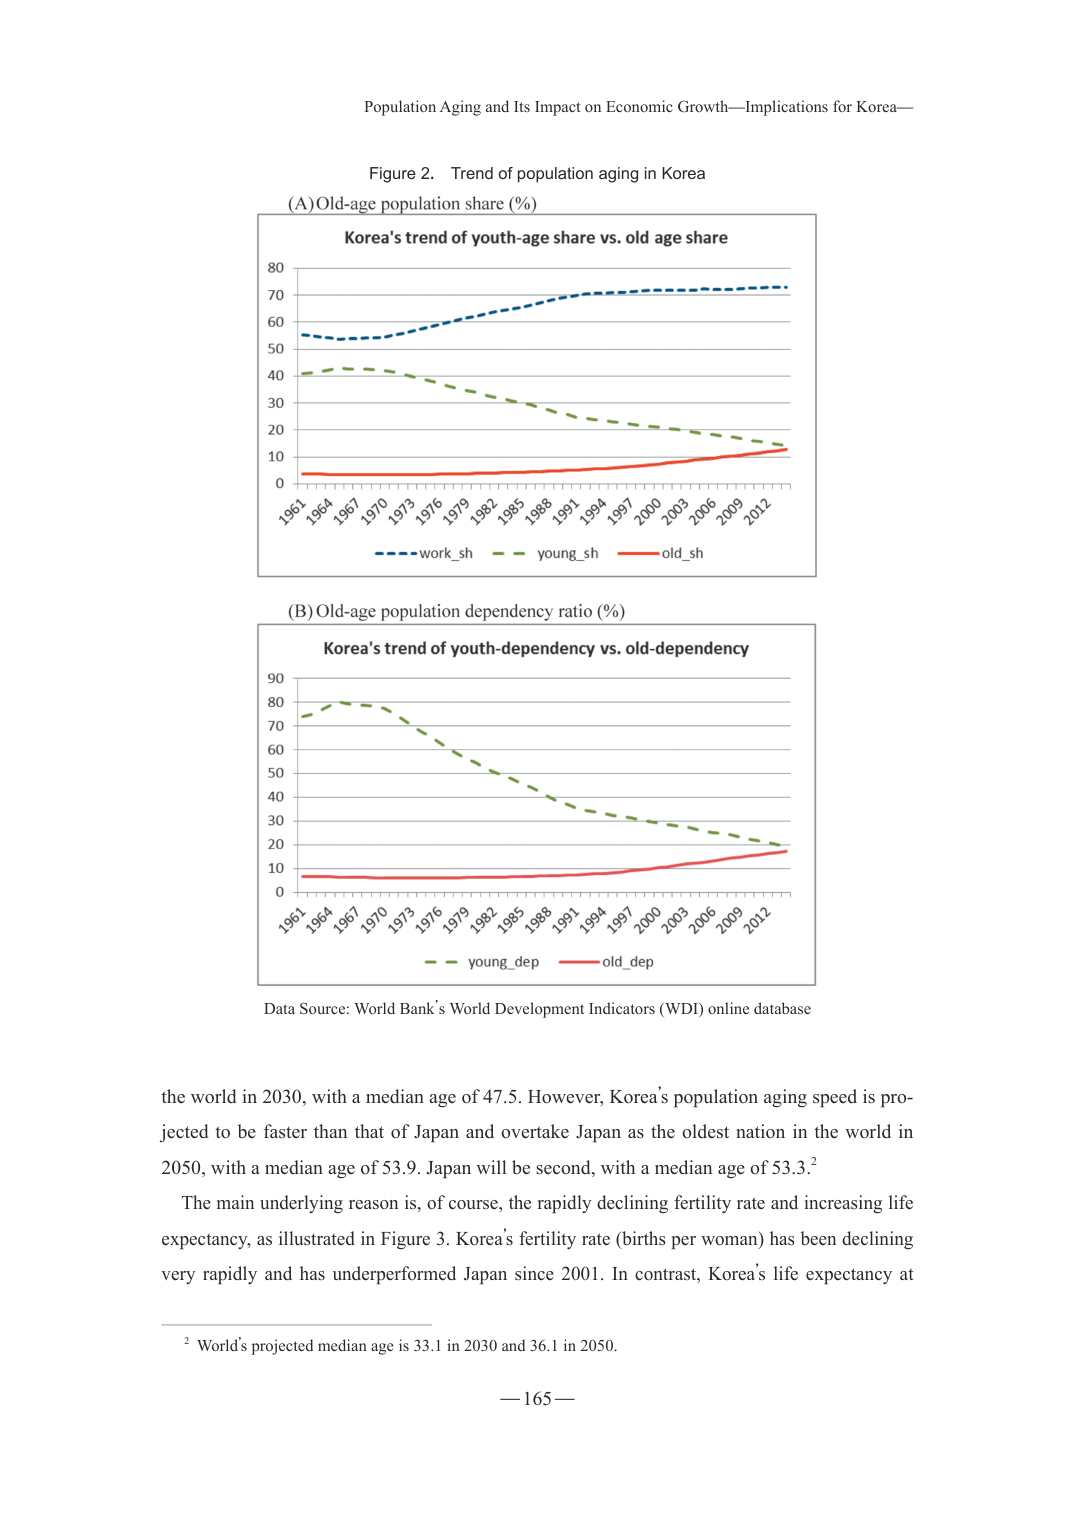
Population Aging and Its Impact on Economic Growth—Implications for Korea—

Figure 2. Trend of population aging in Korea

(A) Old-age population share (%)

Korea's trend of youth-age share vs. old age share

80
70
60
50
40
30
20
10
0

1961 1964 1967 1970 1973 1976 1979 1982 1985 1988 1991 1994 1997 2000 2003 2006 2009 2012

— work_sh — young_sh — old_sh

(B) Old-age population dependency ratio (%)

Korea's trend of youth-dependency vs. old-dependency

90
80
70
60
50
40
30
20
10
0

1961 1964 1967 1970 1973 1976 1979 1982 1985 1988 1991 1994 1997 2000 2003 2006 2009 2012

— young_dep — old_dep

Data Source: World Bank’s World Development Indicators (WDI) online database

the world in 2030, with a median age of 47.5. However, Korea’s population aging speed is projected to be faster than that of Japan and overtake Japan as the oldest nation in the world in 2050, with a median age of 53.9. Japan will be second, with a median age of 53.3.²

The main underlying reason is, of course, the rapidly declining fertility rate and increasing life expectancy, as illustrated in Figure 3. Korea’s fertility rate (births per woman) has been declining very rapidly and has underperformed Japan since 2001. In contrast, Korea’s life expectancy at

² World’s projected median age is 33.1 in 2030 and 36.1 in 2050.

— 165 —